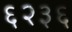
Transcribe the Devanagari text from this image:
६२३६